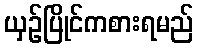
ယှဉ်ပြိုင်ကစားရမည်